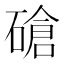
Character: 𰧕